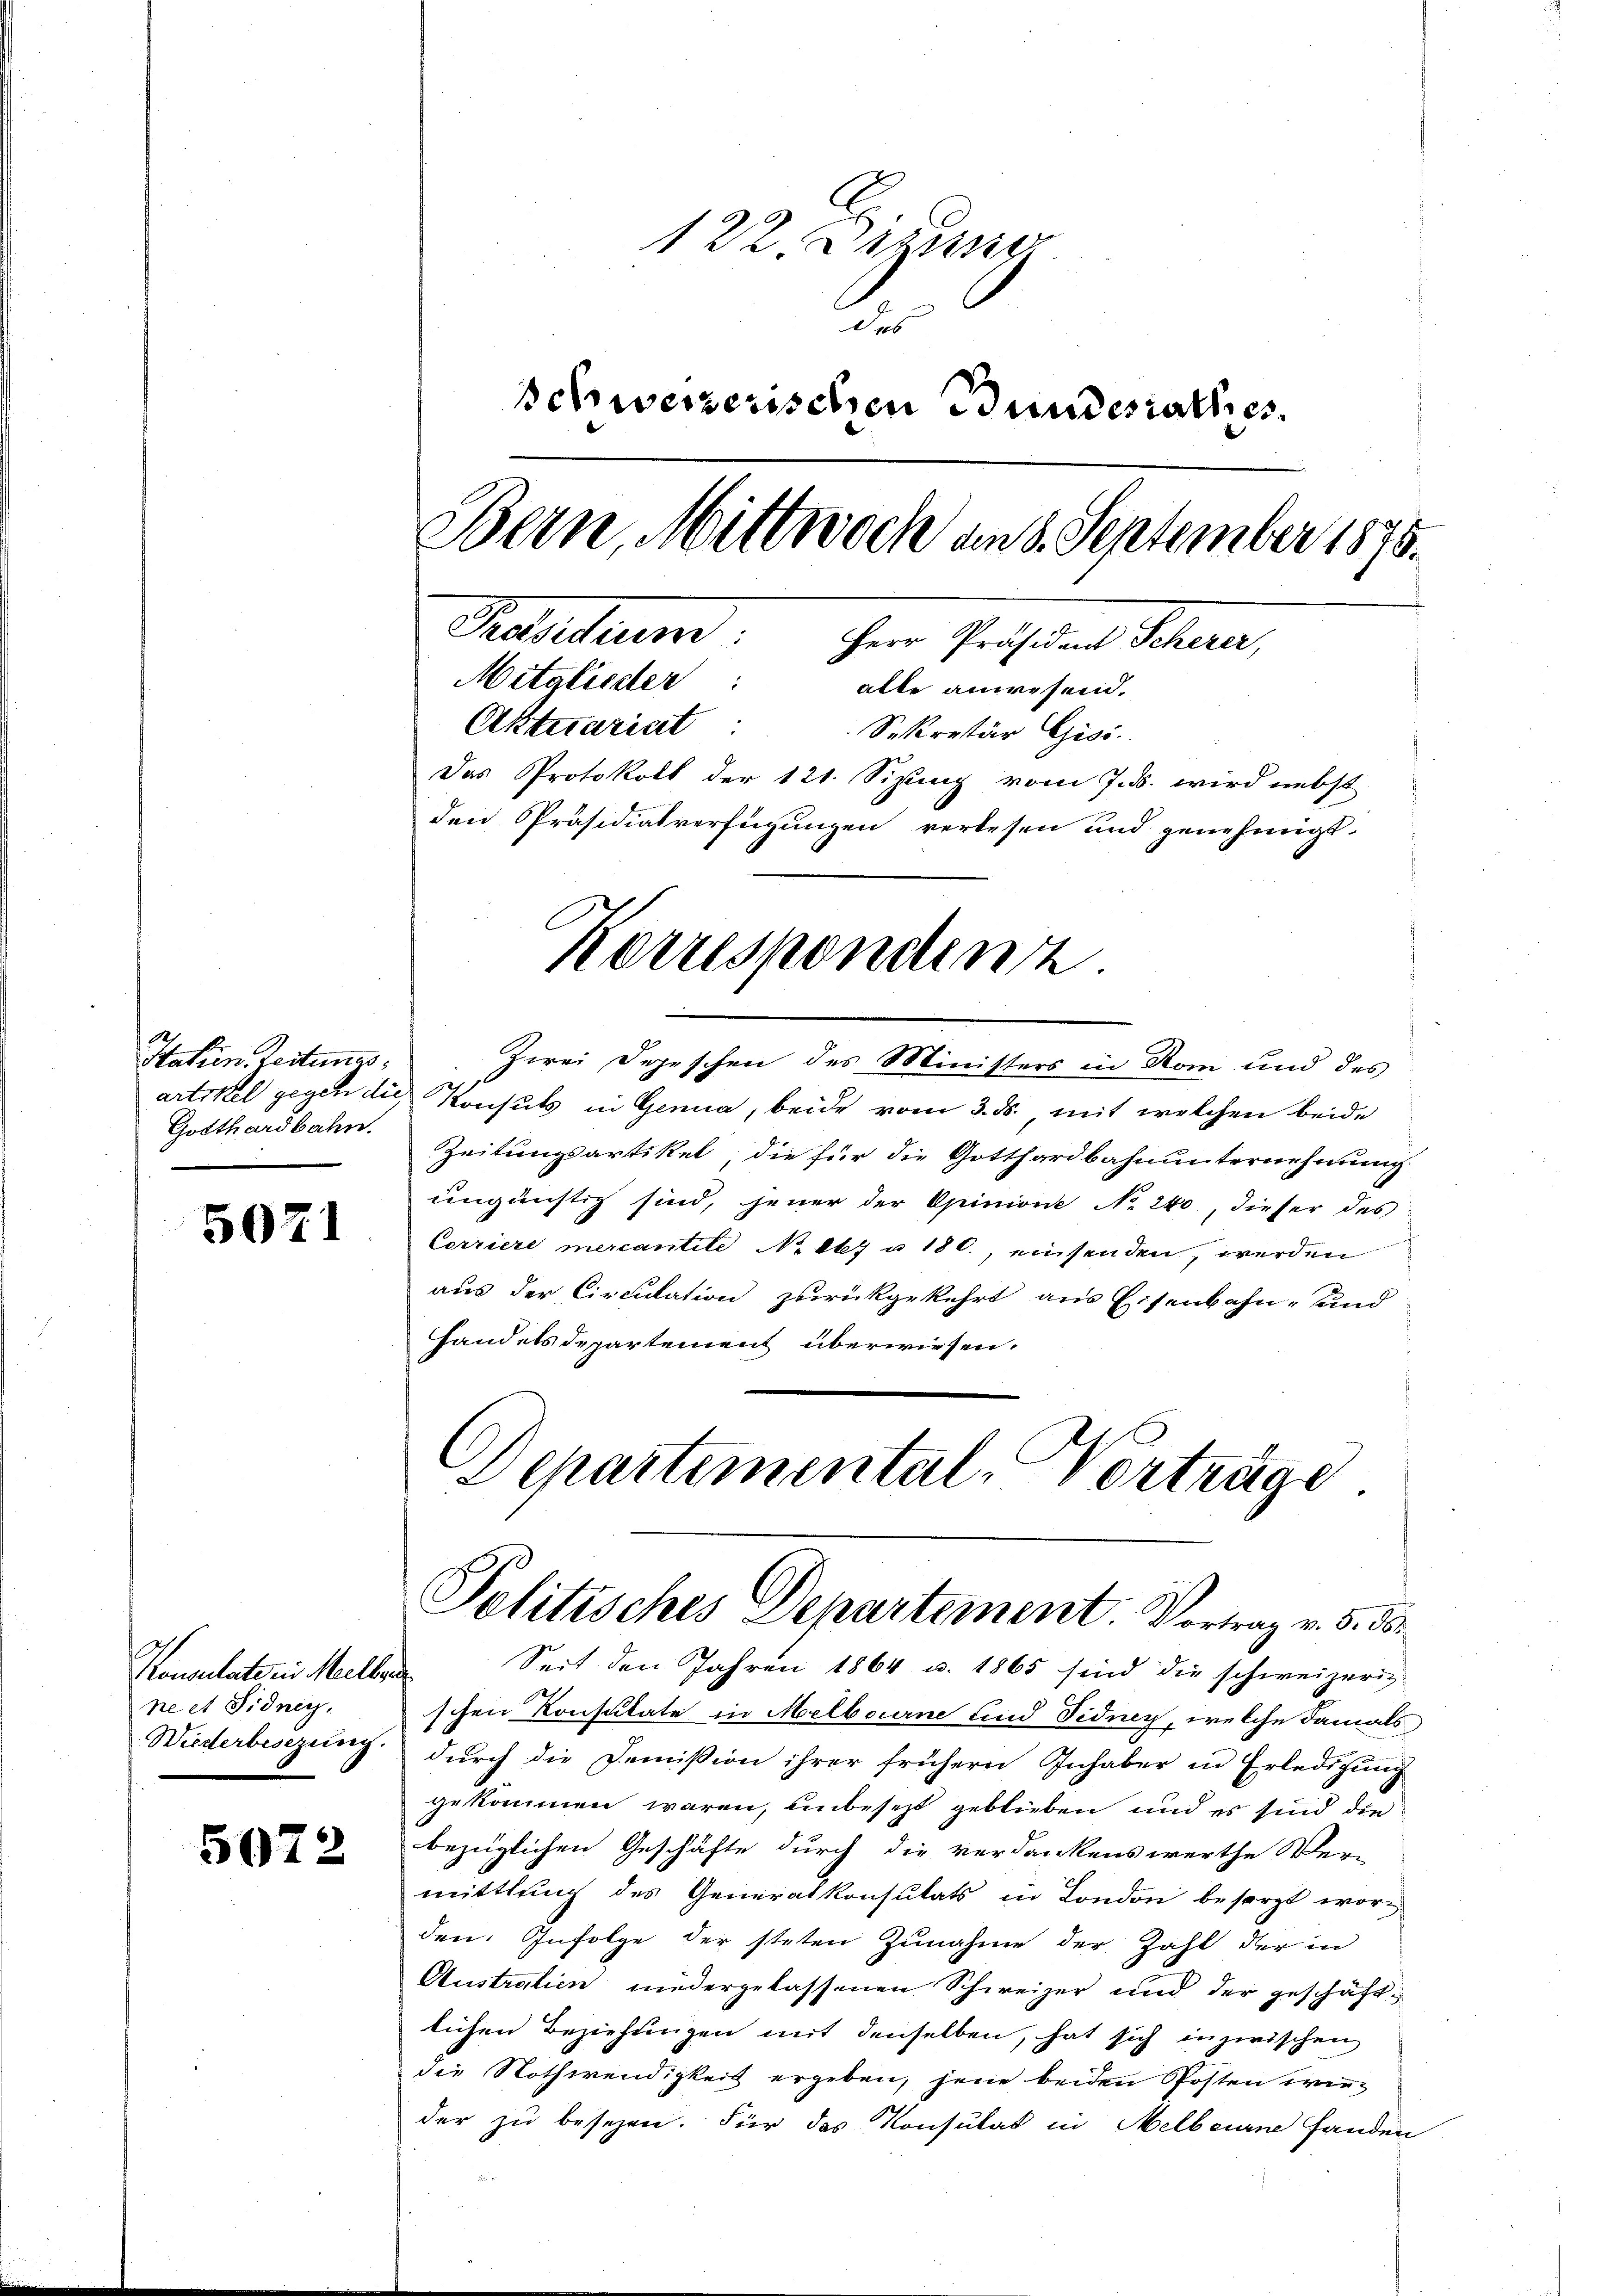
Statien Zeitungs¬
Gotthardbahn.

5071

Konsulate in Mellen
ne et Sidney.

5072

122 Dizung
des
schweizerischen Bundesrathes
Bern, Mittwoch am 8. September 1875.
Pactum Herr Präsident Schule,
Mitglieder:
alle anwesend.
Aktuariat
Sekretär Gisi
Das Protokoll der 121. Sizung vom 7. ds. wird nebst
den Präsidialverfügungen verlesen und genehmigt.

Zwei Depeschen des Ministers in Rom und des
artikel gegen die Konsuls in Genua, beide vom 3. ds., mit welchen beide
Zeitungsartikel, die für die Gotthardbahnunternehmung
ungünstig sind, jener der Opinione No. 240, dieser des
Corriere mercantite No 17 u. 180., einsenden, werden
aus der Circulation zurückgekehrt aus Eisenbahn- und
Handelsdepartement überwiesen.
C
Departemental-Vorträge.

korrespondinz

Politisches Departement. Vortrag v. 5. ds.

Seit den Jahren 1864 u. 1865 sind die schweizerig-
schen Konsulate in Melbourne und Fidney, welche damals
Wiederbesezung durch die Demission ihrer frühern Inhaber in Erledigung
gekommen waren, unbesezt geblieben und es sind die
bezüglichen Geschäfte durch die verdankenswerthe Ver-
mittlung des Generalkonsulats in London besorgt worden. Infolge der steten Zunahme der Zahl der in
Austratien niedergelassenen Schweizer und der geschäftlichen Beziehungen mit denselben, hat sich inzwischen
die Nothwendigkeit ergeben, jene beiden Posten wir
der zu besezen. Für das Konsulat in Melbeurne Handen